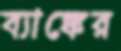
ব্যাঙ্কের